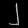
Digit: ၂